Leprosy in India: report of the Leprosy Commission in India, 1890-91
Year: 1890
Disease focus: Leprosy
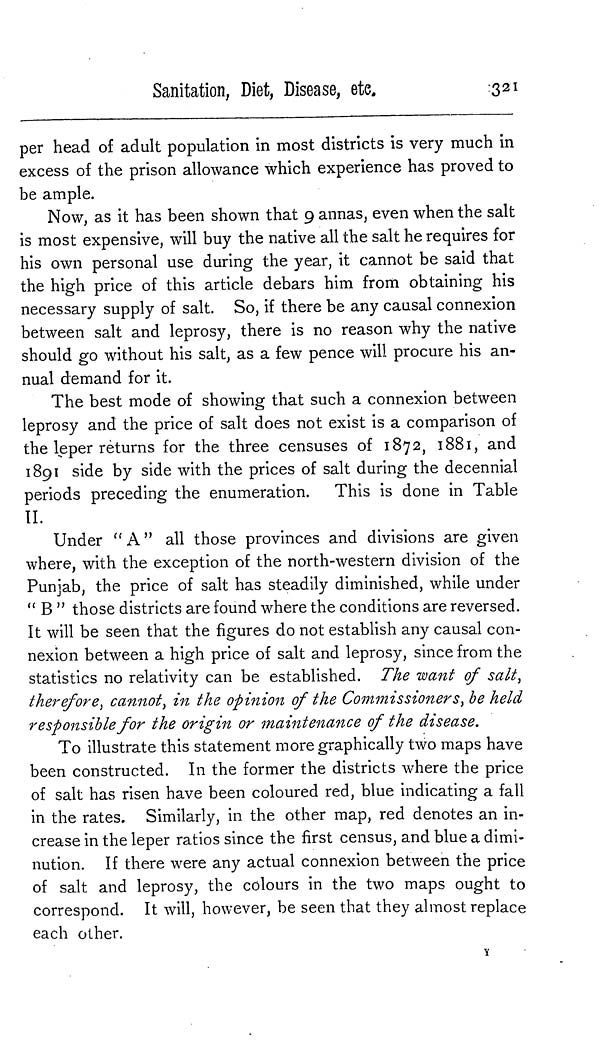
Sanitation, Diet, Disease,
etc.
321
per head of adult population in most districts is very much in
excess of the prison allowance which experience has proved to
be ample.
Now, as it has been shown that 9 annas, even when the salt
is most expensive, will buy the native all the salt he requires for
his own personal use during the year, it cannot be said that
the high price of this article debars him from obtaining his
necessary supply of salt. So, if there be any causal connexion
between salt and leprosy, there is no reason why the native
should go without his salt, as a few pence will procure his an-
nual demand for it.
The best mode of showing that such a connexion between
leprosy and the price of salt does not exist is a comparison of
the leper returns for the three censuses of 1872, 1881, and
1891 side by side with the prices of salt during the decennial
periods preceding the enumeration. This is done in Table
II.
Under " A " all those provinces and divisions are given
where, with the exception of the north-western division of the
Punjab, the price of salt has steadily diminished, while under
" B " those districts are found where the conditions are reversed.
It will be seen that the figures do not establish any causal con-
nexion between a high price of salt and leprosy, since from the
statistics no relativity can be established. The want of salt,
therefore, cannot, in the opinion of the Commissioners, be held
responsible for the origin or maintenance of the disease.
To illustrate this statement more graphically two maps have
been constructed. In the former the districts where the price
of salt has risen have been coloured red, blue indicating a fall
in the rates. Similarly, in the other map, red denotes an in-
crease in the leper ratios since the first census, and blue a dimi-
nution. If there were any actual connexion between the price
of salt and leprosy, the colours in the two maps ought to
correspond. It will, however, be seen that they almost replace
each other.